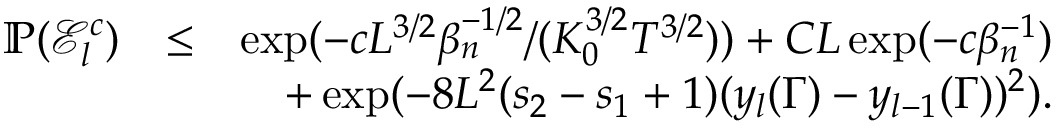
\begin{array} { r l r } { \mathbb { P } ( \mathscr { E } _ { l } ^ { c } ) } & { \leq } & { \exp ( - c L ^ { 3 \slash 2 } \beta _ { n } ^ { - 1 \slash 2 } \slash ( K _ { 0 } ^ { 3 \slash 2 } T ^ { 3 \slash 2 } ) ) + C L \exp ( - c \beta _ { n } ^ { - 1 } ) } \\ & { } & { + \exp ( - 8 L ^ { 2 } ( s _ { 2 } - s _ { 1 } + 1 ) ( y _ { l } ( \Gamma ) - y _ { l - 1 } ( \Gamma ) ) ^ { 2 } ) . } \end{array}